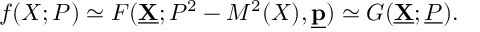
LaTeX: f ( X ; P ) \simeq { \cal F } ( \underline { { { \bf X } } } ; P ^ { 2 } - M ^ { 2 } ( X ) , \underline { { { \bf p } } } ) \simeq G ( \underline { { { \bf X } } } ; \underline { { { P } } } ) .